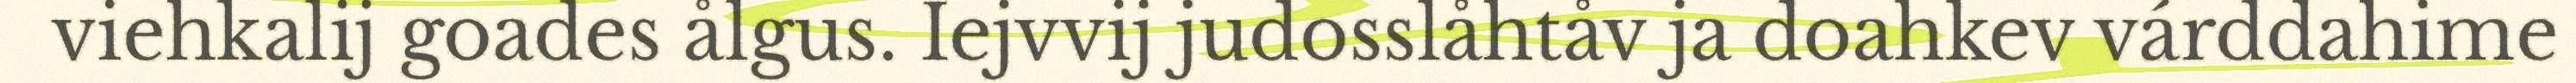
viehkalij goades ålgus. Iejvvij judosslåhtåv ja doahkev várddahime